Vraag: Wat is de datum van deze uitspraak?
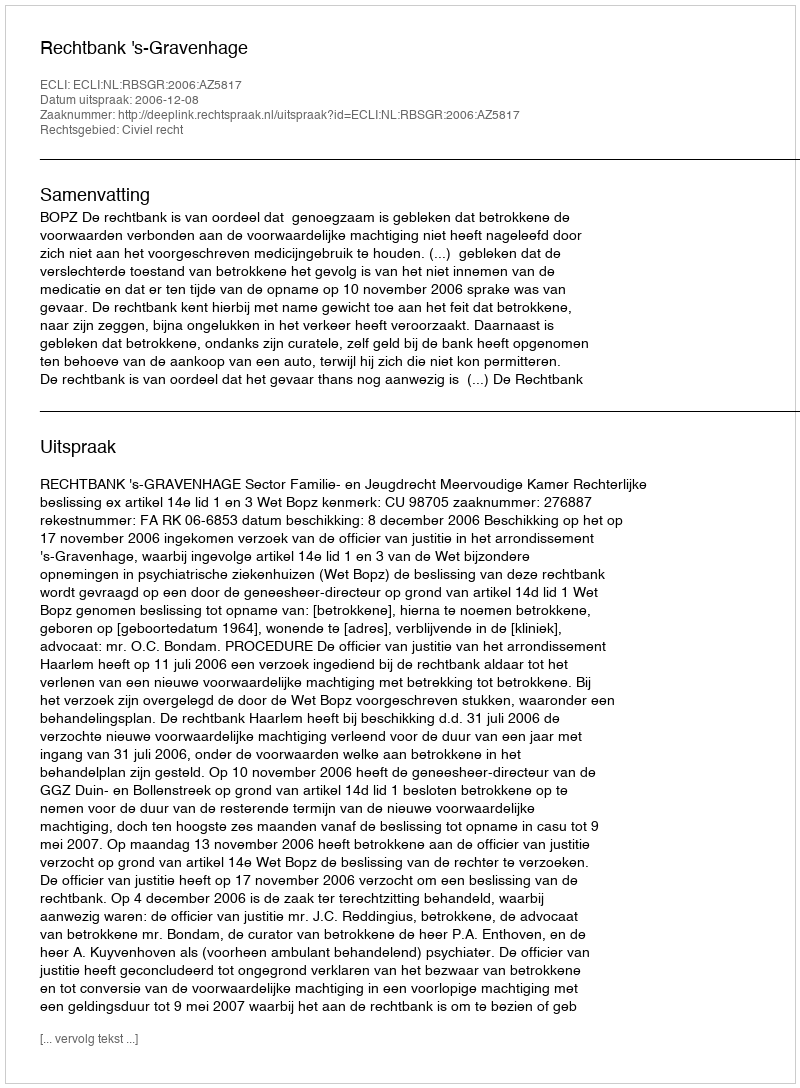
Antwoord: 2006-12-08